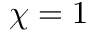
\chi = 1